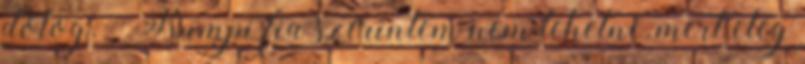
dolog. – Rumpi fia szerintem nem lehetne, mert elég